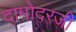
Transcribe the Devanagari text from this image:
दामोदरजी